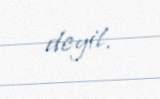
deyil.